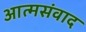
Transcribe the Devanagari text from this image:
आत्मसंवाद